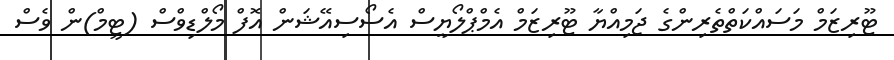
ޓޫރިޒަމް މަސައްކަތްތެރިންގެ ޖަމިއްޔާ ޓޫރިޒަމް އެމްޕްލޯޔީސް އެސޯސިއޭޝަން އޮފް މޯލްޑިވްސް (ޓީމް)ން ވެސް